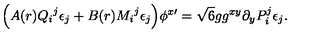
\Big ( A ( r ) { Q _ { i } } ^ { j } \epsilon _ { j } + B ( r ) { M _ { i } } ^ { j } \epsilon _ { j } \Big ) \phi ^ { x \prime } = \sqrt { 6 } g g ^ { x y } \partial _ { y } P _ { i } ^ { j } \epsilon _ { j } .